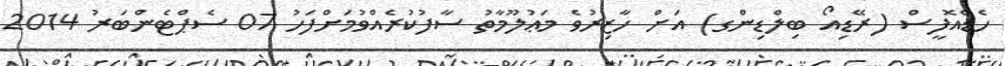
ހެޑްއޮފީސް (ރޭޑިއޯ ބިލްޑިންގ) އަށް ހާޒިރުވެ މަޢުލޫމާތު ސާފުކުރެއްވުމަށްފަހު 07 ސެޕްޓެންބަރު 2014